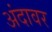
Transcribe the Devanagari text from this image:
अंदावर